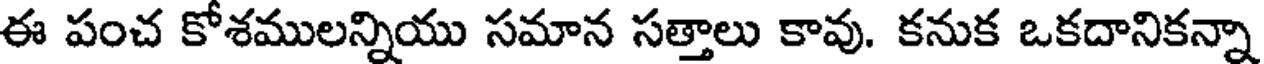
ఈ పంచ కోశములన్నియు సమాన సత్తాలు కావు. కనుక ఒకదానికన్నా